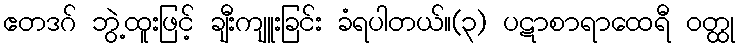
ဧတဒဂ် ဘွဲ့ထူးဖြင့် ချီးကျူးခြင်း ခံရပါတယ်။(၃) ပဋာစာရာထေရီ ဝတ္ထု